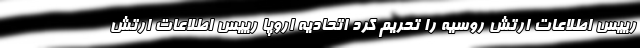
رییس اطلاعات ارتش روسیه را تحریم کرد اتحادیه اروپا رییس اطلاعات ارتش